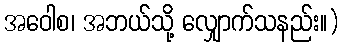
အဝေါစ၊ အဘယ်သို့ လျှောက်သနည်း။)